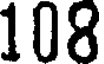
108